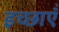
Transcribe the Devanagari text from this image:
इच्छाऍं